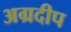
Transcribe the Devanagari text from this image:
अग्रदीप